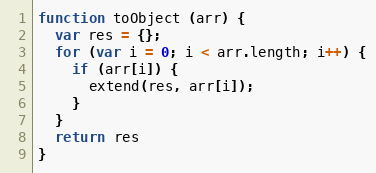
Language: JavaScript
function toObject (arr) {
  var res = {};
  for (var i = 0; i < arr.length; i++) {
    if (arr[i]) {
      extend(res, arr[i]);
    }
  }
  return res
}